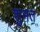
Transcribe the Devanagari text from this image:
शुभत